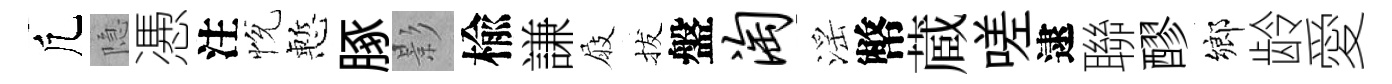
凢隐慿注恱慙䐁影楡謙屐拔盤淘滛幣蔵嗟逮聯醪鄉龄愛